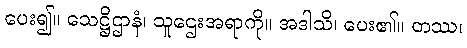
ပေး၍။ သေဋ္ဌိဌာနံ၊ သူဌေးအရာကို။ အဒါသိ၊ ပေး၏။ တဿ၊